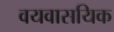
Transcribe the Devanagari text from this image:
वयवासयिक